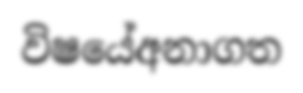
විෂයේඅනාගත